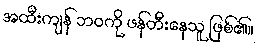
အထီးကျန် ဘဝကို ဖန်တီးနေသူ ဖြစ်၏။